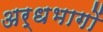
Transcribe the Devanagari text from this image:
अर्धभागों